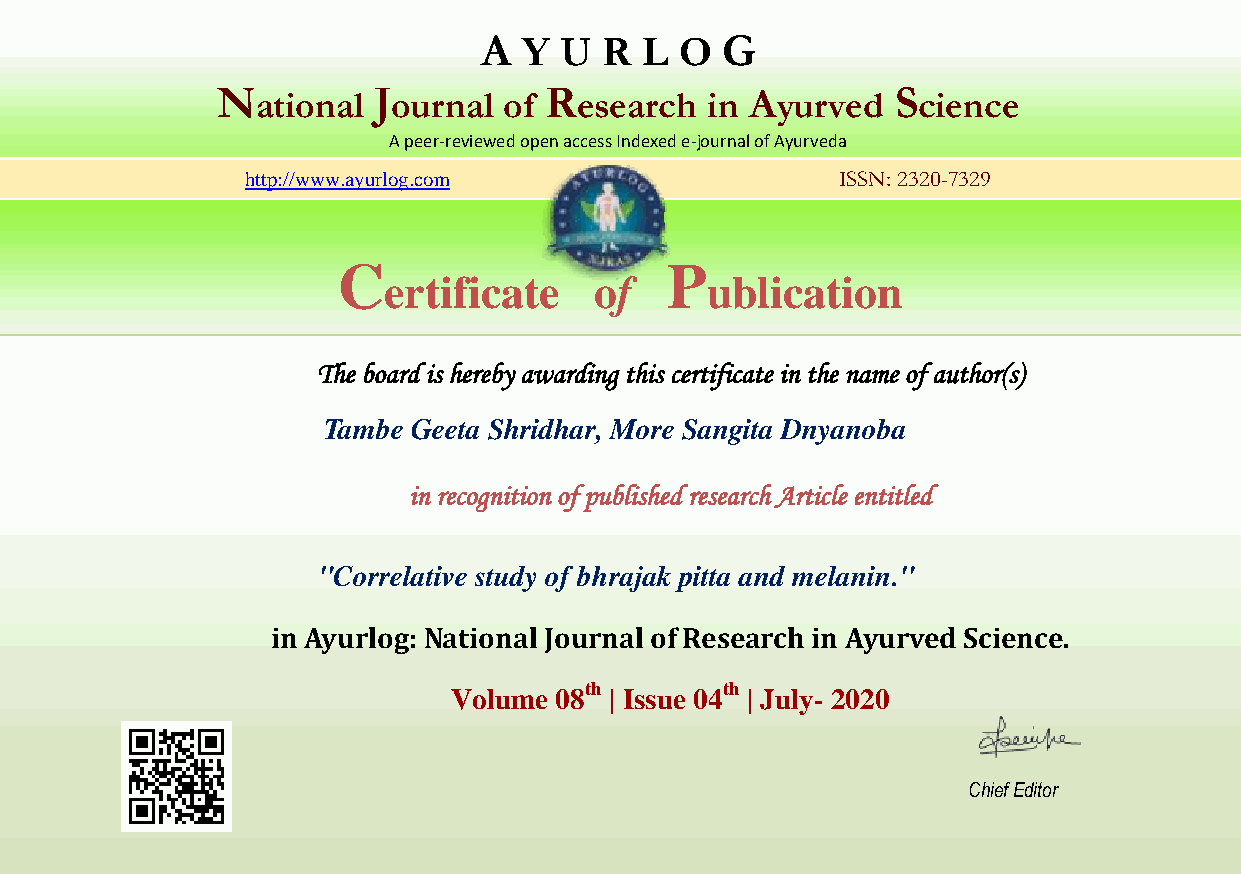
A  Y U  R L  O  G
 National   Journal of Research   in Ayurved  Science
 A peer-reviewed open access Indexed e-journal of Ayurveda
 http://www.ayurlog.com                  ISSN: 2320-7329
 C                     P
 ertificate    of      ublication
 The board is hereby awarding this certificate in the name of author(s)
 Tambe Geeta Shridhar, More Sangita Dnyanoba
 in recognition of published research Article entitled
 "Correlative study of bhrajak pitta and melanin."
 in Ayurlog: National Journal of Research in Ayurved Science.
 Volume 08th | Issue 04th | July- 2020
 Chief Editor